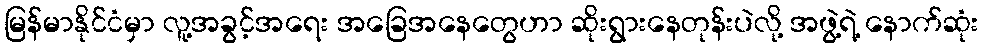
မြန်မာနိုင်ငံမှာ လူ့အခွင့်အရေး အခြေအနေတွေဟာ ဆိုးရွားနေတုန်းပဲလို့ အဖွဲ့ရဲ့ နောက်ဆုံး